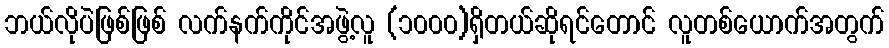
ဘယ်လိုပဲဖြစ်ဖြစ် လက်နက်ကိုင်အဖွဲ့လူ (၁၀၀၀)ရှိတယ်ဆိုရင်တောင် လူတစ်ယောက်အတွက်